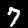
Digit: 7